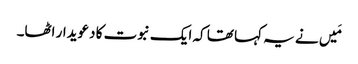
مَیں نے یہ کہا تھا کہ ایک نبوت کا دعویدار اٹھا۔